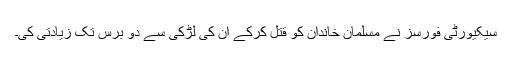
سیکیورٹی فورسز نے مسلمان خاندان کو قتل کرکے ان کی لڑکی سے دو برس تک زیادتی کی۔